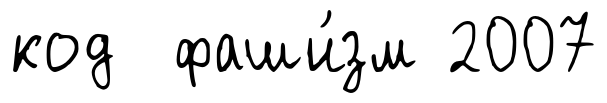
код фаши́зм 2007